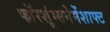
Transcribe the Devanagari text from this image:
फॉरशूंग्सगेमेंशाफ्ट